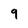
Character: 9